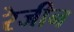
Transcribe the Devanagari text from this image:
रेजीन